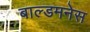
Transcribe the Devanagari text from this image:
बाल्डमनेस